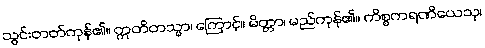
သွင်းတတ်ကုန်၏။ ဣတိတသ္မာ၊ ကြောင့်။ မိတ္တာ၊ မည်ကုန်၏။ ကိစ္စကရဏီယေသု၊